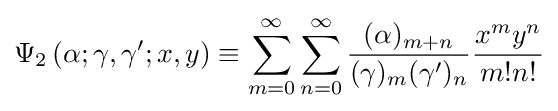
\Psi _{2}\left(\alpha ;\gamma ,\gamma ';x,y\right)\equiv \sum _{m=0}^{\infty }\sum _{n=0}^{\infty }{\frac {(\alpha )_{m+n}}{(\gamma )_{m}(\gamma ')_{n}}}{\frac {x^{m}y^{n}}{m!n!}}